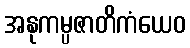
အနုကမ္ပဇာတိကံယေဝ